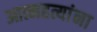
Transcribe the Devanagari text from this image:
आत्महत्यांना